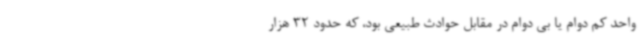
واحد کم دوام یا بی دوام در مقابل حوادث طبیعی بود، که حدود 32 هزار